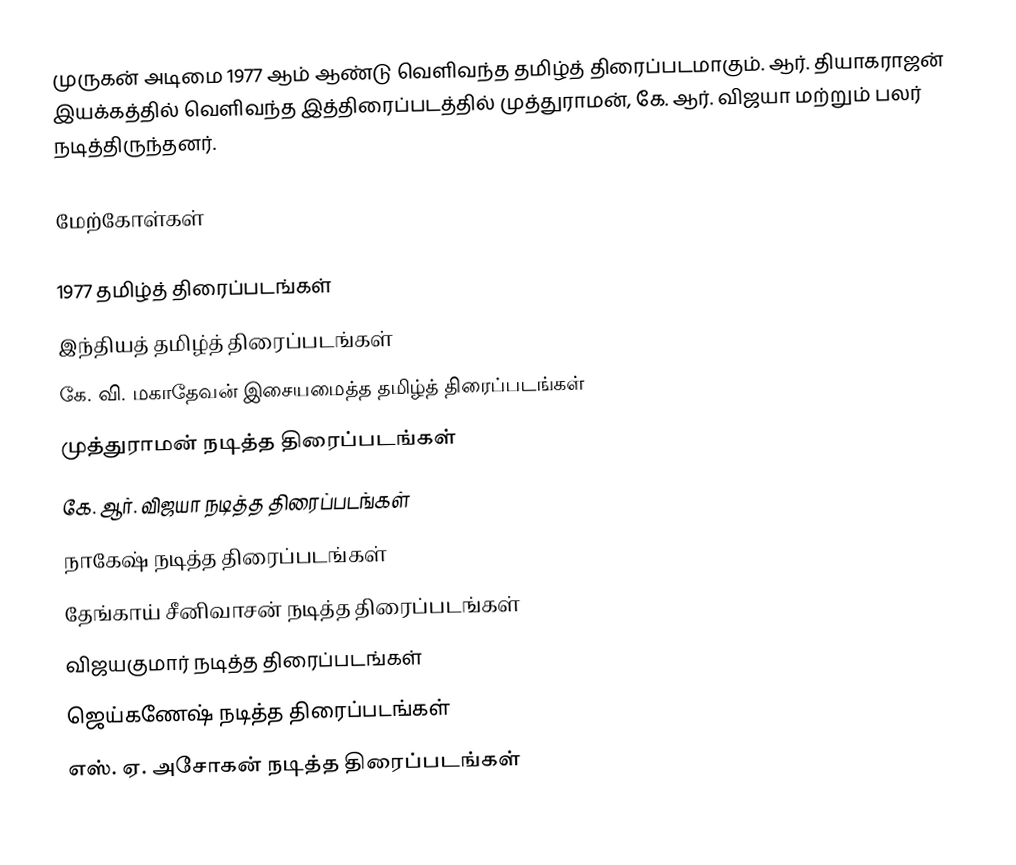
முருகன் அடிமை 1977 ஆம் ஆண்டு வெளிவந்த தமிழ்த் திரைப்படமாகும். ஆர். தியாகராஜன் இயக்கத்தில் வெளிவந்த இத்திரைப்படத்தில் முத்துராமன், கே. ஆர். விஜயா மற்றும் பலர் நடித்திருந்தனர்.

மேற்கோள்கள்

1977 தமிழ்த் திரைப்படங்கள்
இந்தியத் தமிழ்த் திரைப்படங்கள்
கே. வி. மகாதேவன் இசையமைத்த தமிழ்த் திரைப்படங்கள்
முத்துராமன் நடித்த திரைப்படங்கள்
கே. ஆர். விஜயா நடித்த திரைப்படங்கள்
நாகேஷ் நடித்த திரைப்படங்கள்
தேங்காய் சீனிவாசன் நடித்த திரைப்படங்கள்
விஜயகுமார் நடித்த திரைப்படங்கள்
ஜெய்கணேஷ் நடித்த திரைப்படங்கள்
எஸ். ஏ. அசோகன் நடித்த திரைப்படங்கள்